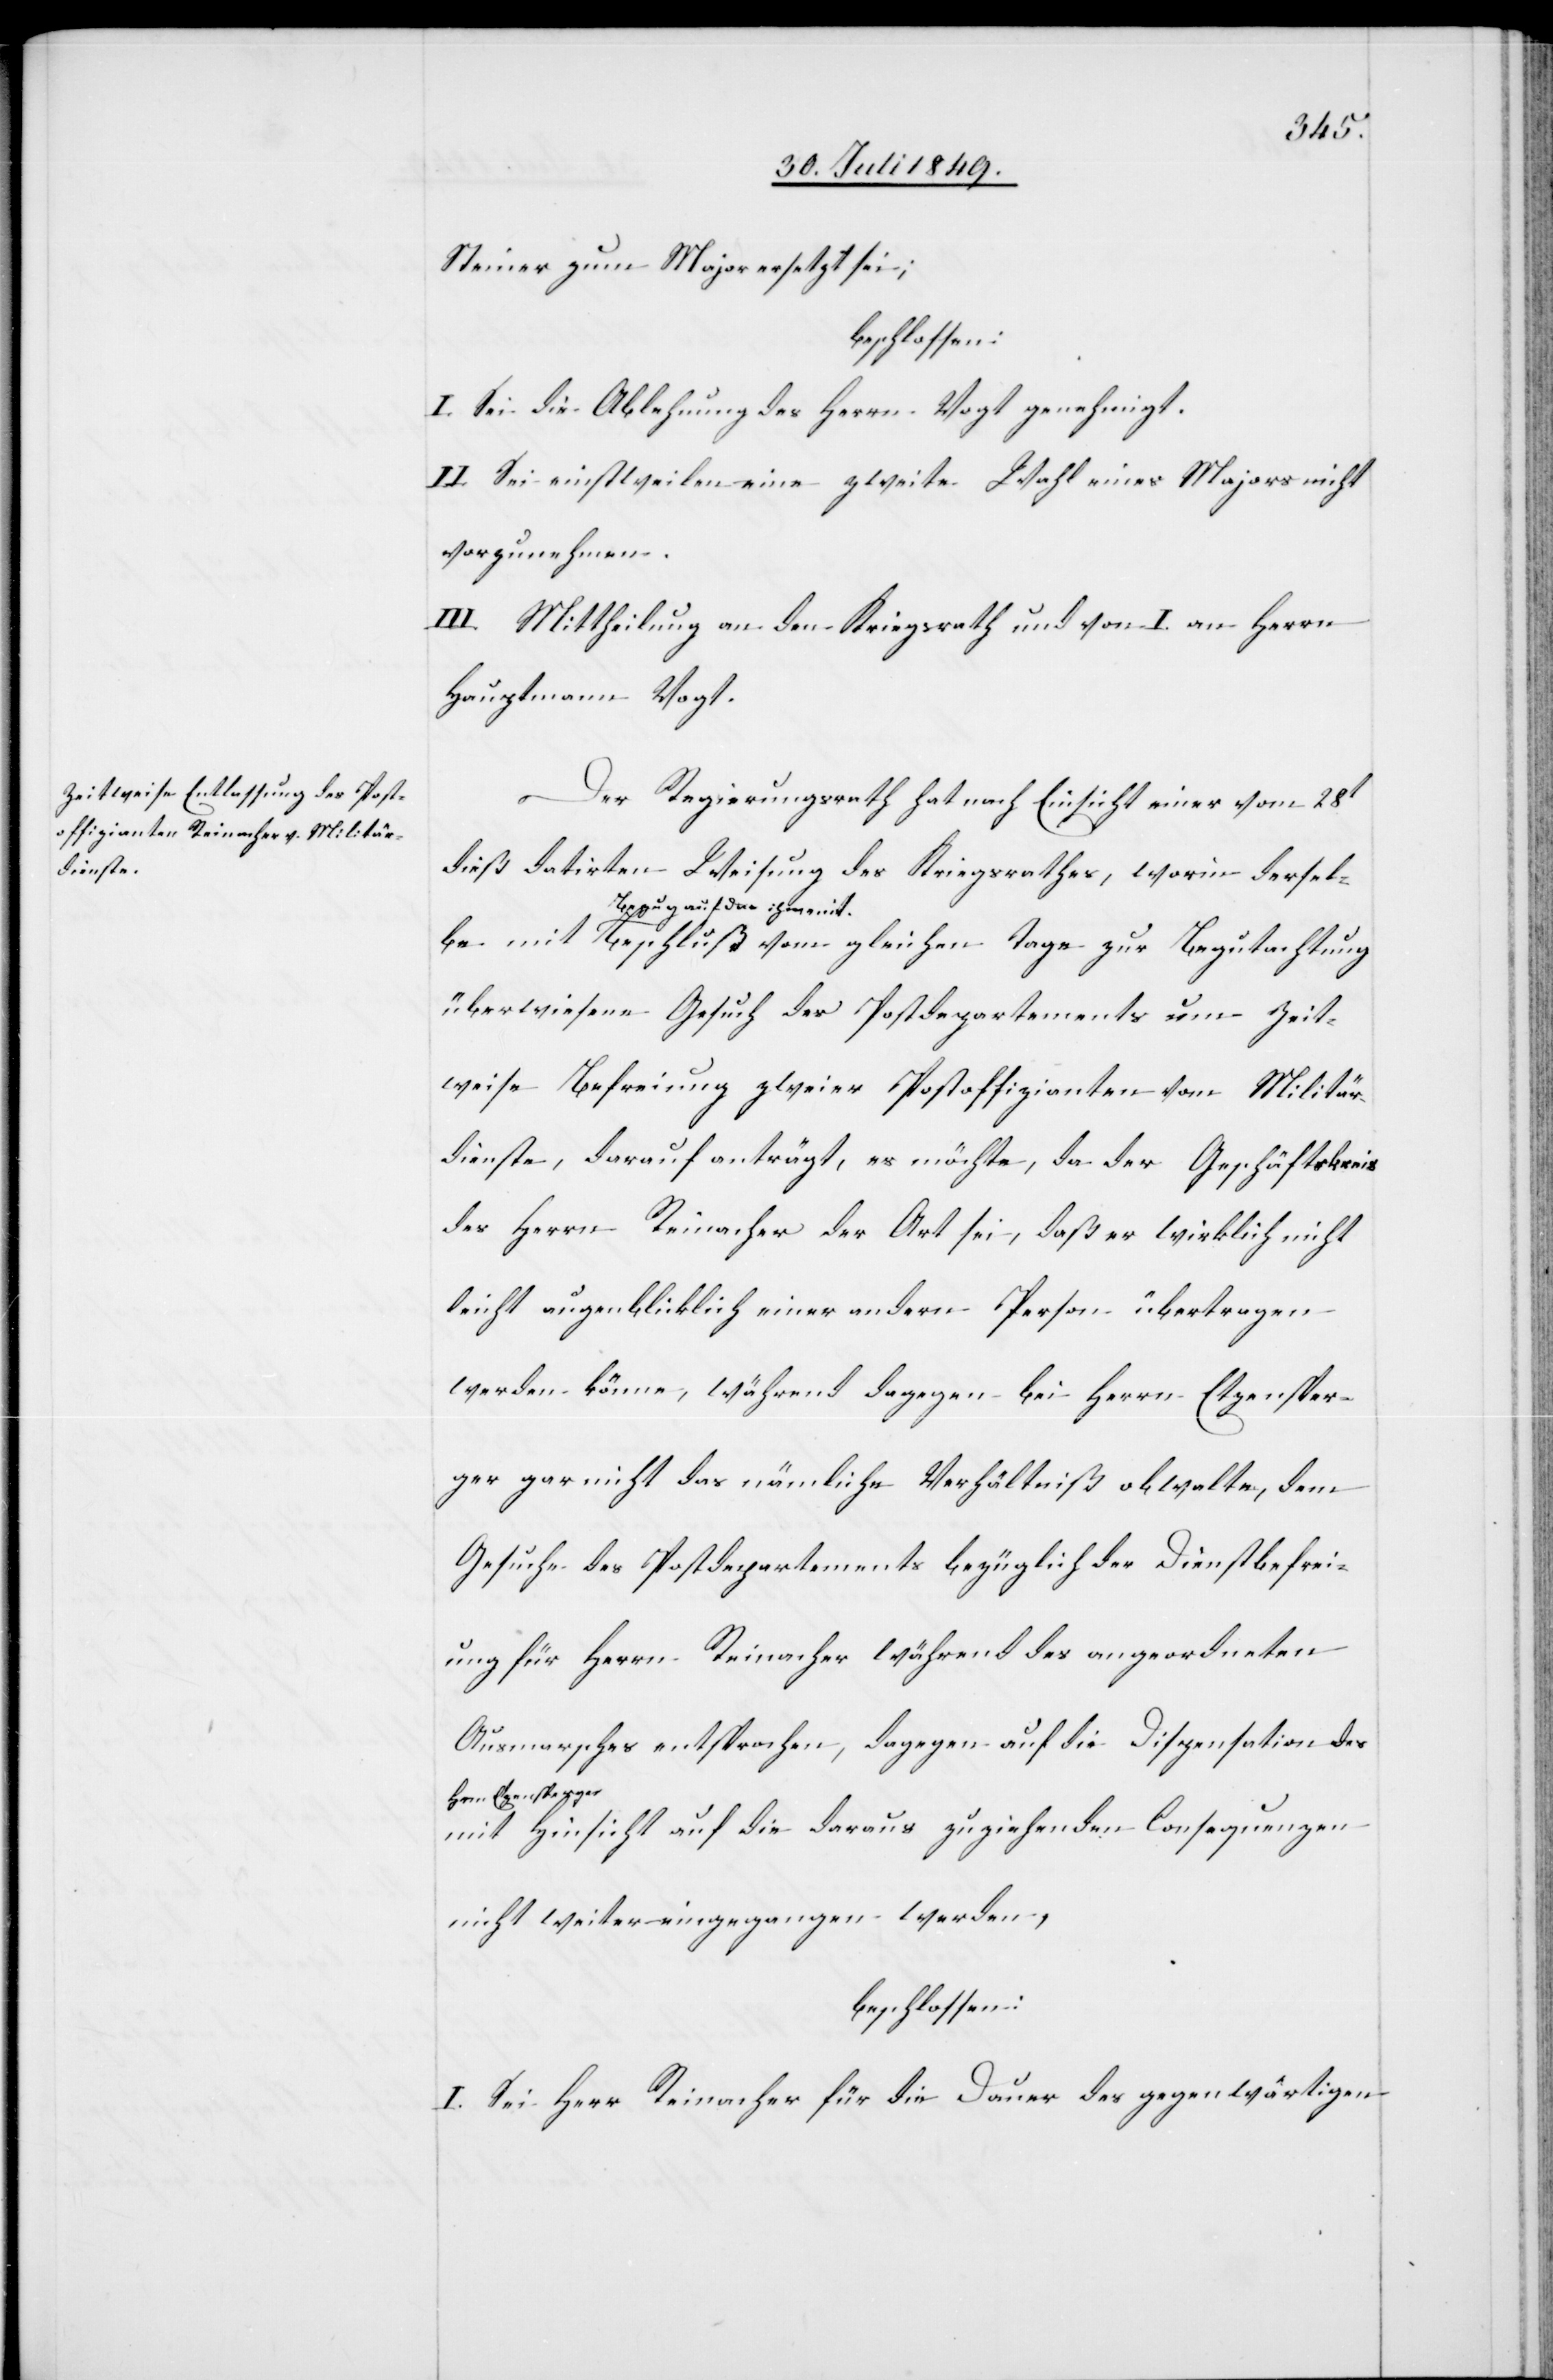
Steiner zum Major ersetzt sei;
beschlossen:
I. Sei die Ablehnung des Herrn Vogt genehmigt.
II. Sei einstweilen eine zweite Wahl eines Majors nicht
vorzunehmen.
III. Mittheilung an den Kriegsrath und von I. an Herrn
Hauptmann Vogt.
mit
Der Regierungsrath hat nach Einsicht einer vom 28t
dieß datirten Weisung des Kriegsrathes, worin derselbe
ihm mit-a Beschluß vom gleichen Tage zur Begutachtung
überwiesene Gesuch des Postdepartements um zeit¬
weise Befreiung zweier Postoffizianten vom Militär¬
dienste, darauf anträgt, es möchte, da der Geschäftskreis
des Herrn Reinacher der Art sei, daß er wirklich nicht
leicht augenblicklich einer andern Person übertragen
werden könne, während dagegen bei Herrn Etzensper¬
ger gar nicht das nämliche Verhältniß obwalte, dem
Gesuche des Postdepartements bezüglich der Dienstbefrei¬
ung für Herrn Reinacher während des angeordneten
Ausmarsches entsprochen, dagegen auf die Dispensation des
a-Hrn. Etzensperger-a
mit Hinsicht auf die daraus zuziehenden Consequenzen
nicht weiter eingegangen werden,
beschlossen:
I. Sei Herr Reinacher für die Dauer des gegenwärtigen